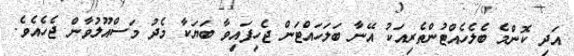
އަދި ކޮންމެ ބެލެހެއްޓުންތެރިއަކު އޭނާ ބަލަހައްޓަން ޖެހިފައިވާ ބަޔަކާ މެދު މަސްއޫލުވާން ޖެހެއެވެ.